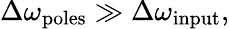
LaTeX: \Delta\omega_{\mathrm{poles}}\gg\Delta\omega_{\mathrm{input}},